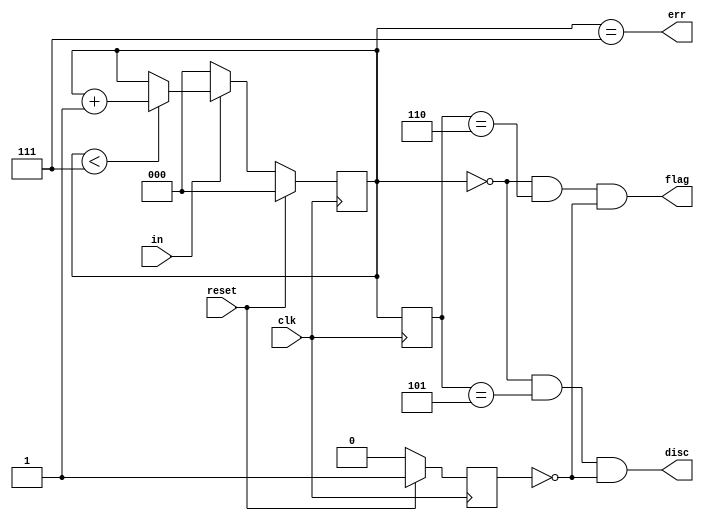
module top_module(
    input clk,
    input reset,    // Synchronous reset
    input in,
    output disc,
    output flag,
    output err);
  
  reg [2:0] cs, ns, ps;
  reg reset_;

  always @(*) begin
    if (in)
      ns = cs < 7 ? cs + 1 : cs;
    else
      ns = 0;
  end

  always @(posedge clk) begin
    ps <= cs;
    if (reset) begin
      cs <= 0;
      reset_ <= 1;
    end
    else begin
      cs <= ns;
      reset_ <= 0;
    end
  end

  assign disc = cs == 0 && ps == 5 && ~reset_;
  assign flag = cs == 0 && ps == 6 && ~reset_;
  assign err = cs == 7;
endmodule